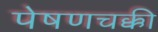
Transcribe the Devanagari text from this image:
पेषणचक्की